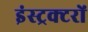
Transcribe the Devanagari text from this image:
इंस्ट्रक्टरों